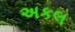
અકલ